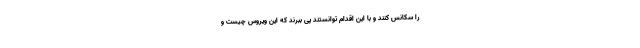
را سکانس کنند و با این اقدام توانستند پی ببرند که این ویروس چیست و